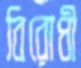
বিরোধী